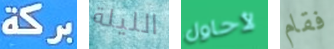
بركة الليلة لأحاول فقام